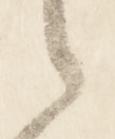
之